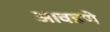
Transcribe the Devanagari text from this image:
आवडणे